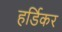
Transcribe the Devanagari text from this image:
हर्डिकर